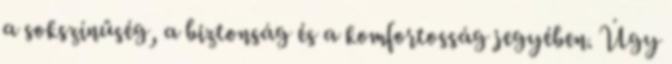
a sokszínűség, a biztonság és a komfortosság jegyében. Úgy